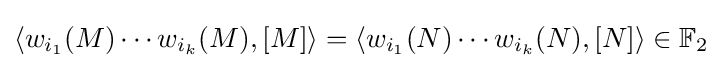
\left\langle w_{i_{1}}(M)\cdots w_{i_{k}}(M),[M]\right\rangle =\left\langle w_{i_{1}}(N)\cdots w_{i_{k}}(N),[N]\right\rangle \in \mathbb {F} _{2}